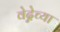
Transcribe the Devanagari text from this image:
वेद्नेच्या